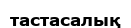
тастасалық